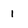
Character: 1